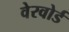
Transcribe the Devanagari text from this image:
वेरवोर्ड